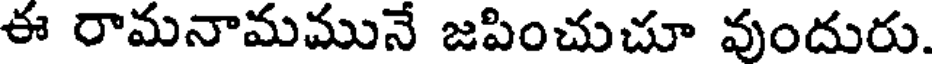
ఈ రామనామమునే జపించుచూ వుందురు.